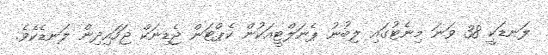
ލަނޑަކީ 38 ވަނަ މިނެޓުގައި ލިބުނު ޕެނަލްޓީއަކުން ކެޕްޓަން ޖެޑިނަކް ޖަހައިދިން ލަނޑެކެވެ.